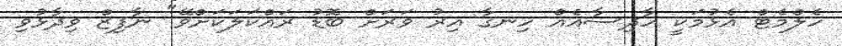
ހެލްމެޓް އެޅުމަކީ ހާދިސާއެއް ހިނގާ އިރު ވަރަށް ބޮޑު ރައްކަލަކަށްވޭ" ނާފިޒް ވިދާޅުވި